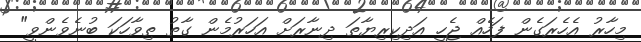
މިހާރު އެހެރަގެން ފަހެއް ޖެހީ އަދިކިރިޔާތަ ދިނާރަށް އަހަރުމެން ގާތު ތިވާހަކަ ބުނެވެންވީ"